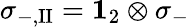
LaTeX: \sigma_{-,\mathrm{II}}={\mathbf 1}_{2}\otimes\sigma_{-}